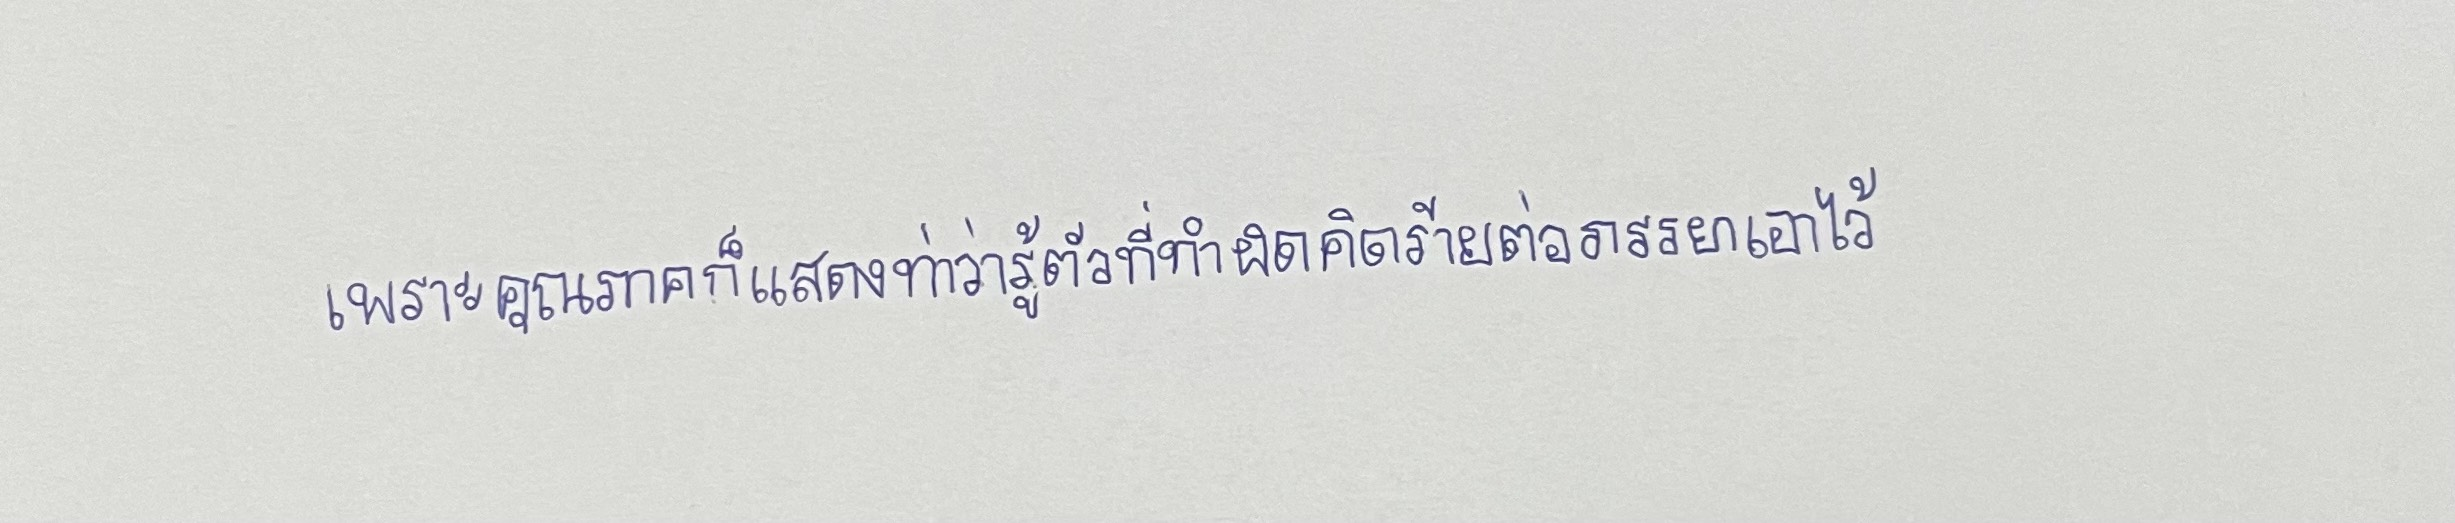
เพราะคุณภาคภูมิก็แสดงท่าว่ารู้ตัวที่ทำผิดคิดร้ายต่อภรรยาเอาไว้